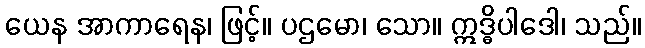
ယေန အာကာရေန၊ ဖြင့်။ ပဌမော၊ သော။ ဣဒ္ဓိပါဒေါ၊ သည်။